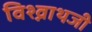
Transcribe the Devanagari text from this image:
विश्व्नाथजी